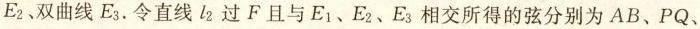
E_{2}、双曲线E_{3}.令直线l_{2}过F且与E_{1}、E_{2}、E_{3}相交所得的弦分别为AB、PQ、